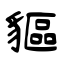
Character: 貙